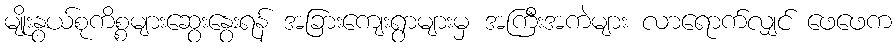
မျိုးနွယ်စုကိစ္စများဆွေးနွေးရန် အခြားကျေးရွာများမှ အကြီးအကဲများ လာရောက်လျှင် ဖေဖေက